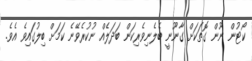
ކޯޓުން ނޫން ގޮތަކަށް ގާނޫނީ ބެލެނިވެރިކަން ބަދަލެއް ނުކުރެވޭނެ ކަމަށް ބިލުގައިވެ އެވެ.